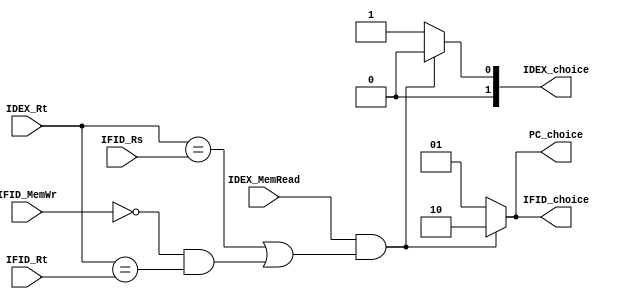
`timescale 1ns / 1ps

// Load-Use
module LU_Hazard(IFID_MemWr, IFID_Rs, IFID_Rt, IDEX_MemRead, IDEX_Rt, PC_choice, IFID_choice, IDEX_choice);
	input IFID_MemWr;
	input [4:0] IFID_Rs;
	input [4:0] IFID_Rt;
	input IDEX_MemRead;
	input [4:0] IDEX_Rt;
	output [1:0] PC_choice;
	output [1:0] IFID_choice;
	output [1:0] IDEX_choice;
	
	wire condition=IDEX_MemRead && (IDEX_Rt==IFID_Rs || (!IFID_MemWr && IDEX_Rt==IFID_Rt));
	assign PC_choice=condition?2'b10:// Keep PC;
					2'b01;
	assign IFID_choice=condition?2'b10:// Keep IF/ID;
						2'b01;
	assign IDEX_choice=condition?2'b00:// Flush ID/EX;
						2'b01;
endmodule

// Jump
module J_Hazard
#(parameter USE_DELAY_SLOT = 0)
(ID_willjump, IFID_choice);
	input [1:0] ID_willjump;
	output [1:0] IFID_choice;
	
	wire condition=(USE_DELAY_SLOT == 0 && ID_willjump != 2'b00);
	assign IFID_choice=condition?2'b00:// Flush IF/ID;
						2'b01;
endmodule

// Branch
module B_Hazard
(EX_willbranch,  IFID_choice, IDEX_choice);
	input EX_willbranch;
	output [1:0] IFID_choice;
	output [1:0] IDEX_choice;
	
	wire condition=EX_willbranch;
	assign IFID_choice=condition?2'b00:// Flush IF/ID;
						2'b01;
	assign IDEX_choice=condition?2'b00:// Flush ID/EX;
						2'b01;
endmodule